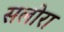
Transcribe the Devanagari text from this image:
सलोरा